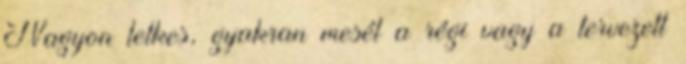
Nagyon lelkes, gyakran mesél a régi vagy a tervezett